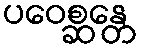
ပဝေစ္ဆန္တေ